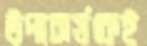
উপাচার্যকেই